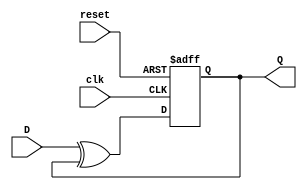
module FeedbackRegister (
    input wire clk,        // Clock signal
    input wire reset,      // Reset signal
    input wire D,          // Data input
    output reg Q           // Output of the register (current state)
);

    // Always block for sequential logic
    always @(posedge clk or posedge reset) begin
        if (reset) begin
            Q <= 1'b0;    // Asynchronous reset to 0
        end else begin
            // State transition logic
            // Example: next state is determined by feedback and input D
            Q <= D ^ Q;    // XOR operation as an example of feedback logic
        end
    end

endmodule